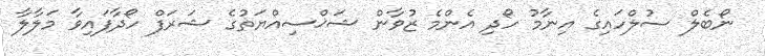
ނޯބެލް ސުލްހައިގެ އިނާމު ހޯދި އެންމެ ޒުވާން ޝަޚްސިއްޔަތުގެ ޝަރަފް ހޯދާފައިވާ މަލާލާ